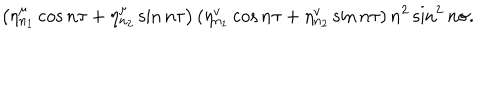
\left( \eta _ { n _ { 1 } } ^ { \mu } \cos n \tau + \eta _ { n _ { 2 } } ^ { \mu } \sin n \tau \right) \left( \eta _ { n _ { 1 } } ^ { v } \cos n \tau + \eta _ { n _ { 2 } } ^ { v } \sin n \tau \right) n ^ { 2 } \sin ^ { 2 } n \sigma .